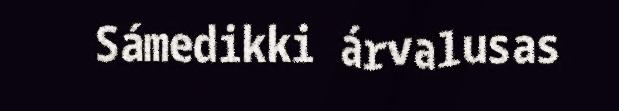
Sámedikki árvalusas